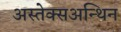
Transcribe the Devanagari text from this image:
अस्तेक्सअन्थिन